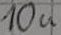
Text: 10u